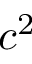
c ^ { 2 }